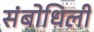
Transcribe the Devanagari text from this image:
संबोधिली